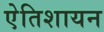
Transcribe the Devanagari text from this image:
एेतिशायन